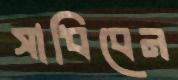
সাধিবেন